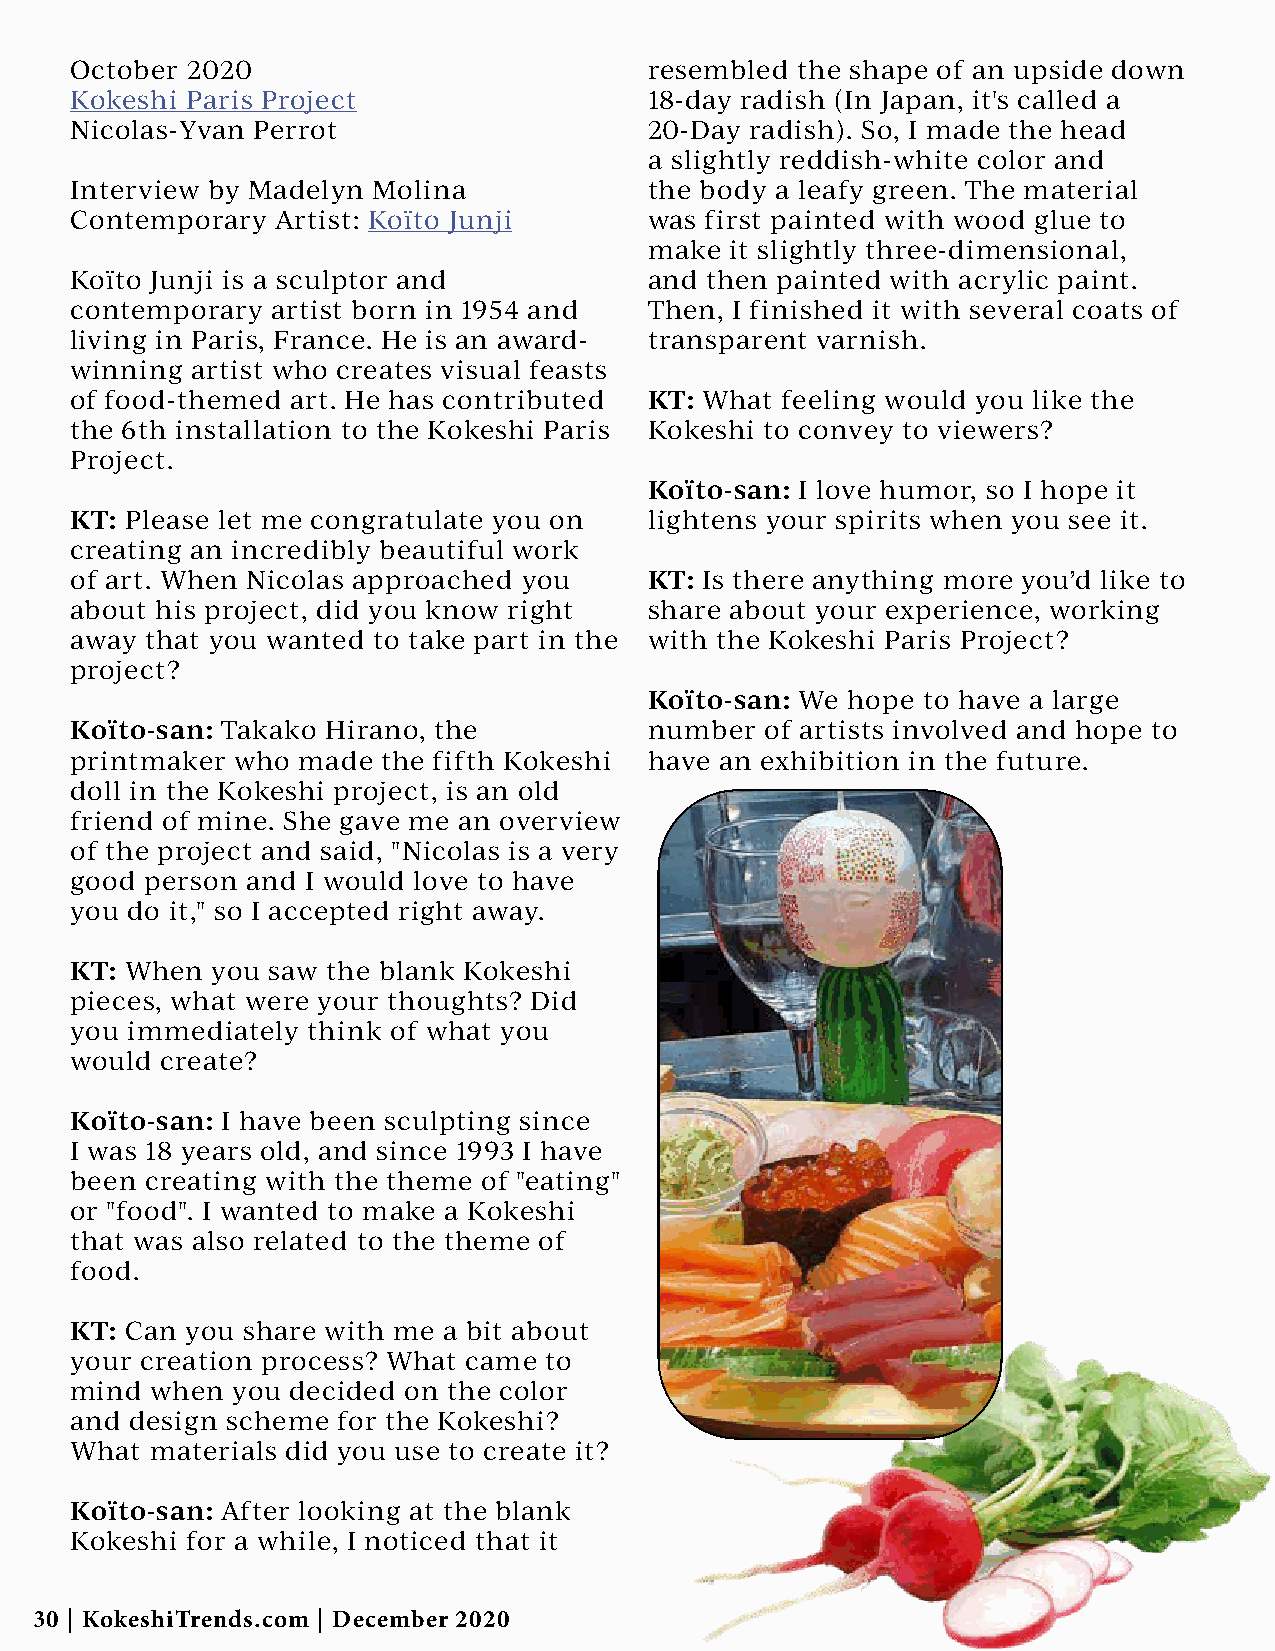
October 2020                          resembled the shape of an upside down
 Kokeshi Paris Project                 18-day radish (In Japan, it's called a
 Nicolas-Yvan Perrot                   20-Day radish). So, I made the head
 a slightly reddish-white color and
 Interview by Madelyn Molina           the body a leafy green. The material
 Contemporary Artist: Koïto Junji      was first painted with wood glue to
 make it slightly three-dimensional,
 Koïto Junji is a sculptor and         and then painted with acrylic paint.
 contemporary artist born in 1954 and  Then, I finished it with several coats of
 living in Paris, France. He is an award- transparent varnish.
 winning artist who creates visual feasts
 of food-themed art. He has contributed KT: What feeling would you like the
 the 6th installation to the Kokeshi Paris Kokeshi to convey to viewers?
 Project.
 Koïto-san: I love humor, so I hope it
 KT: Please let me congratulate you on lightens your spirits when you see it.
 creating an incredibly beautiful work
 of art. When Nicolas approached you   KT: Is there anything more you’d like to
 about his project, did you know right share about your experience, working
 away that you wanted to take part in the with the Kokeshi Paris Project?
 project?
 Koïto-san: We hope to have a large
 Koïto-san: Takako Hirano, the         number  of artists involved and hope to
 printmaker who made the fifth Kokeshi have an exhibition in the future.
 doll in the Kokeshi project, is an old
 friend of mine. She gave me an overview
 of the project and said, "Nicolas is a very
 good person and I would love to have
 you do it," so I accepted right away.
 KT: When you saw the blank Kokeshi
 pieces, what were your thoughts? Did
 you immediately think of what you
 would create?
 Koïto-san: I have been sculpting since
 I was 18 years old, and since 1993 I have
 been creating with the theme of "eating"
 or "food". I wanted to make a Kokeshi
 that was also related to the theme of
 food.
 KT: Can you share with me a bit about
 your creation process? What came to
 mind when you decided on the color
 and design scheme for the Kokeshi?
 What materials did you use to create it?
 Koïto-san: After looking at the blank
 Kokeshi for a while, I noticed that it
 30 | KokeshiTrends.com | December 2020